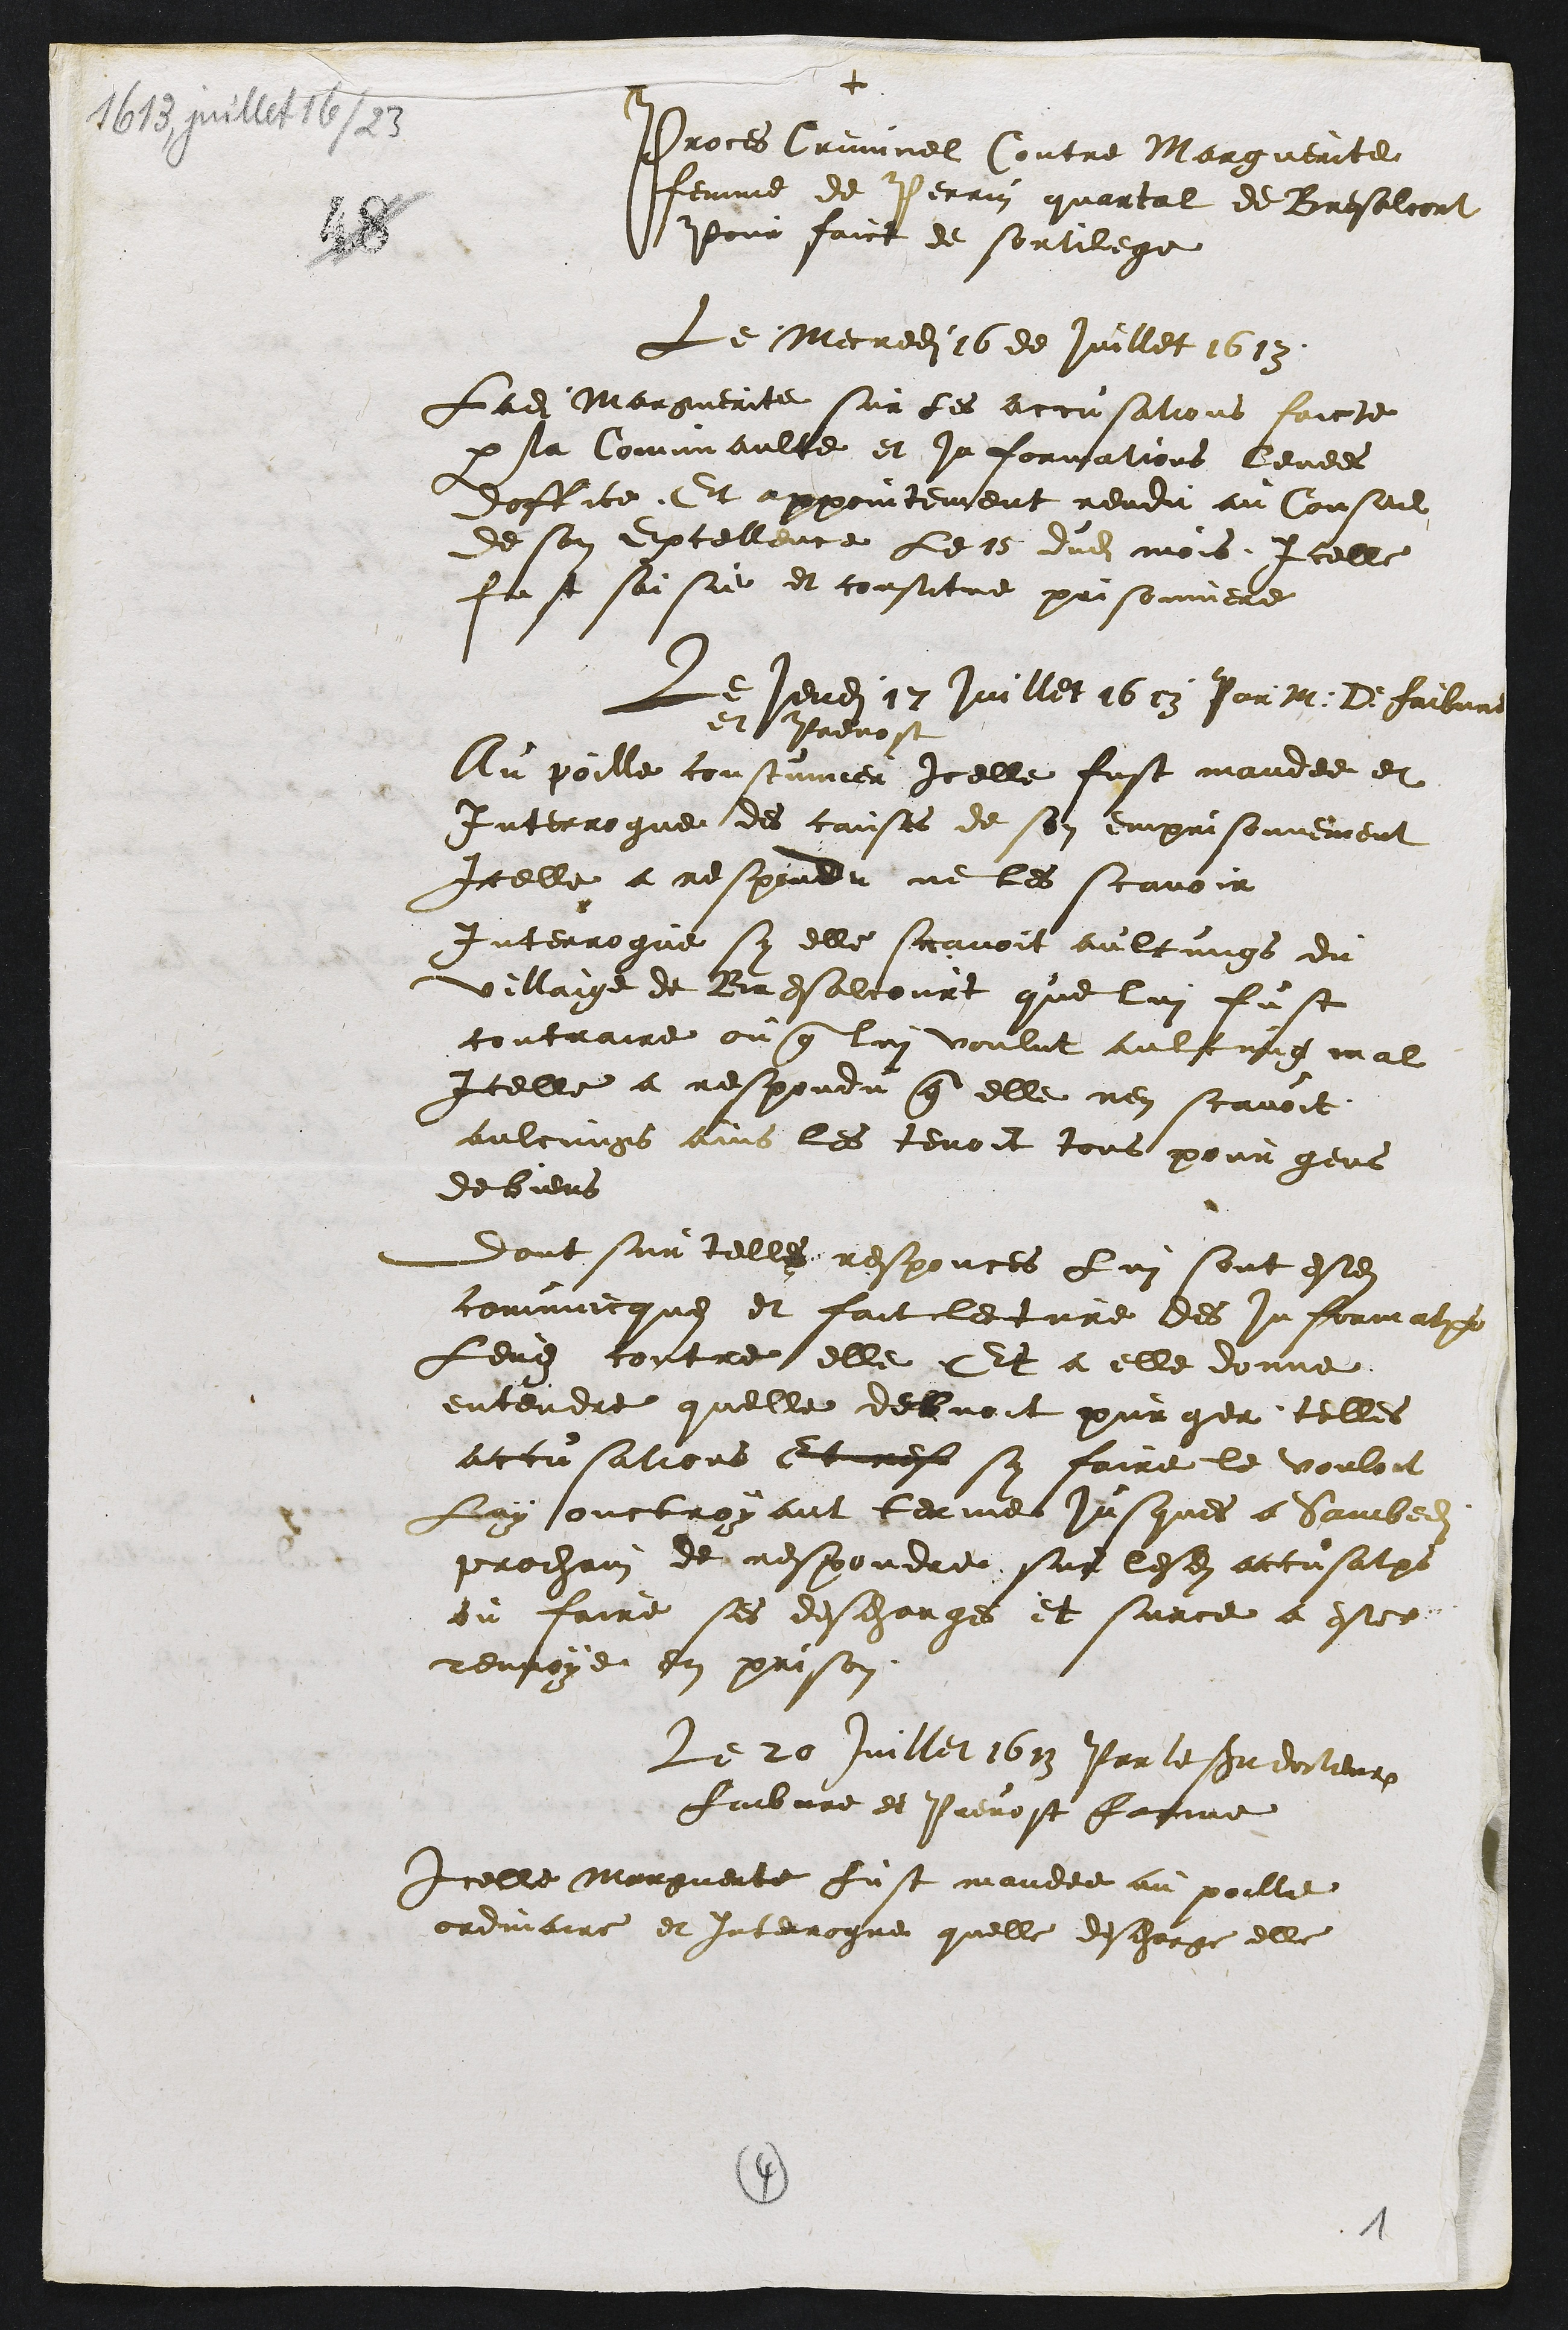
+
Proces Criminel Contre Marguerite
femme de Perrin quartal de Bresalcort
Pour faict de sortilege
Le Mecredit 16 de juillet 1613
Ladite Margnerite sur les accusations faicte
par la Comunaulte et informations levees
doffice Et appointement rendu au Conseil
de son Excellence le 15 dudit mois Icelle
Lest saisie et constitue prisonniere
Le jeudi 17 Juillet 1613 Par M. Dr Faivre
et Prevost
Au poille constinner icelle fust mandee et
Interrogue des causes de son emprisonnement
Icelle a respondu ne les scavoir
Interrogue sy elle scavoit au lcungs du
villaige de Bresalcourt que lui fust
contraire ou que lui voulut aulcung mal
Icelle a respondu que elle nen scavoit
aulcungs ains les tenoit tous pour gens
de biens
a dont sur telles responcts lui sont estee
concque et fait lectre des informati
Leudit contre elle Et a elle donne
entendre quelle debvoit purger telles
accusations et nest sy faire le vouloit
Lay onctroyant terme jusques a Sambe
prochain de respondre sur lesdits accusations
ou faire ses deschargees et surce a estes
renvoye en prison
Le 20 Juillet 1613 Par le surdocteure
faibvre et Prevost Farine
Icelle Marguerite fust mandee au poille
ordinaire et interrogue quelle deschargee elle